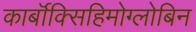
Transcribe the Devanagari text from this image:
कार्बॉक्सिहिमोग्लोबिन